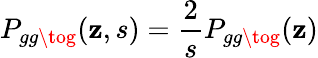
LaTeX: P_{gg\tog}(\mathbf{z},s)=\frac{{2}}{{s}}P_{gg\tog}(\mathbf{z})